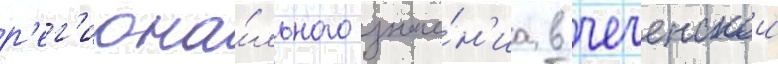
р'ег'иона́льного значе́н'иа в чеченскои